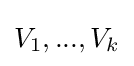
V_{1},...,V_{k}